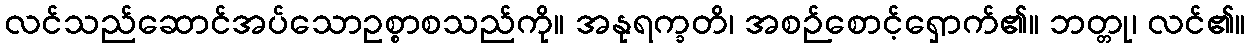
လင်သည်ဆောင်အပ်သောဥစ္စာစသည်ကို။ အနုရက္ခတိ၊ အစဉ်စောင့်ရှောက်၏။ ဘတ္တု၊ လင်၏။